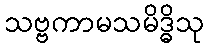
သဗ္ဗကာမသမိဒ္ဓိသု